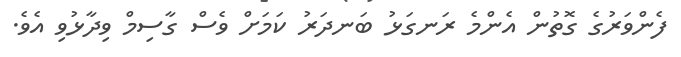
ފެންވަރުގެ ގޮތުން އެންމެ ރަނގަޅު ބަނދަރު ކަމަށް ވެސް ގާސިމް ވިދާޅުވި އެވެ.